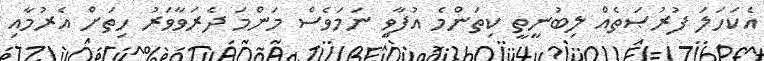
އެކަހަލަ ފުރުޞަތެއް ލިބުނީތީ ކިތަންމެ އުފާވީ ނަމަވެސް މަންމަ ދެރަވާވަރު ހިތަށް އެރުމާއި